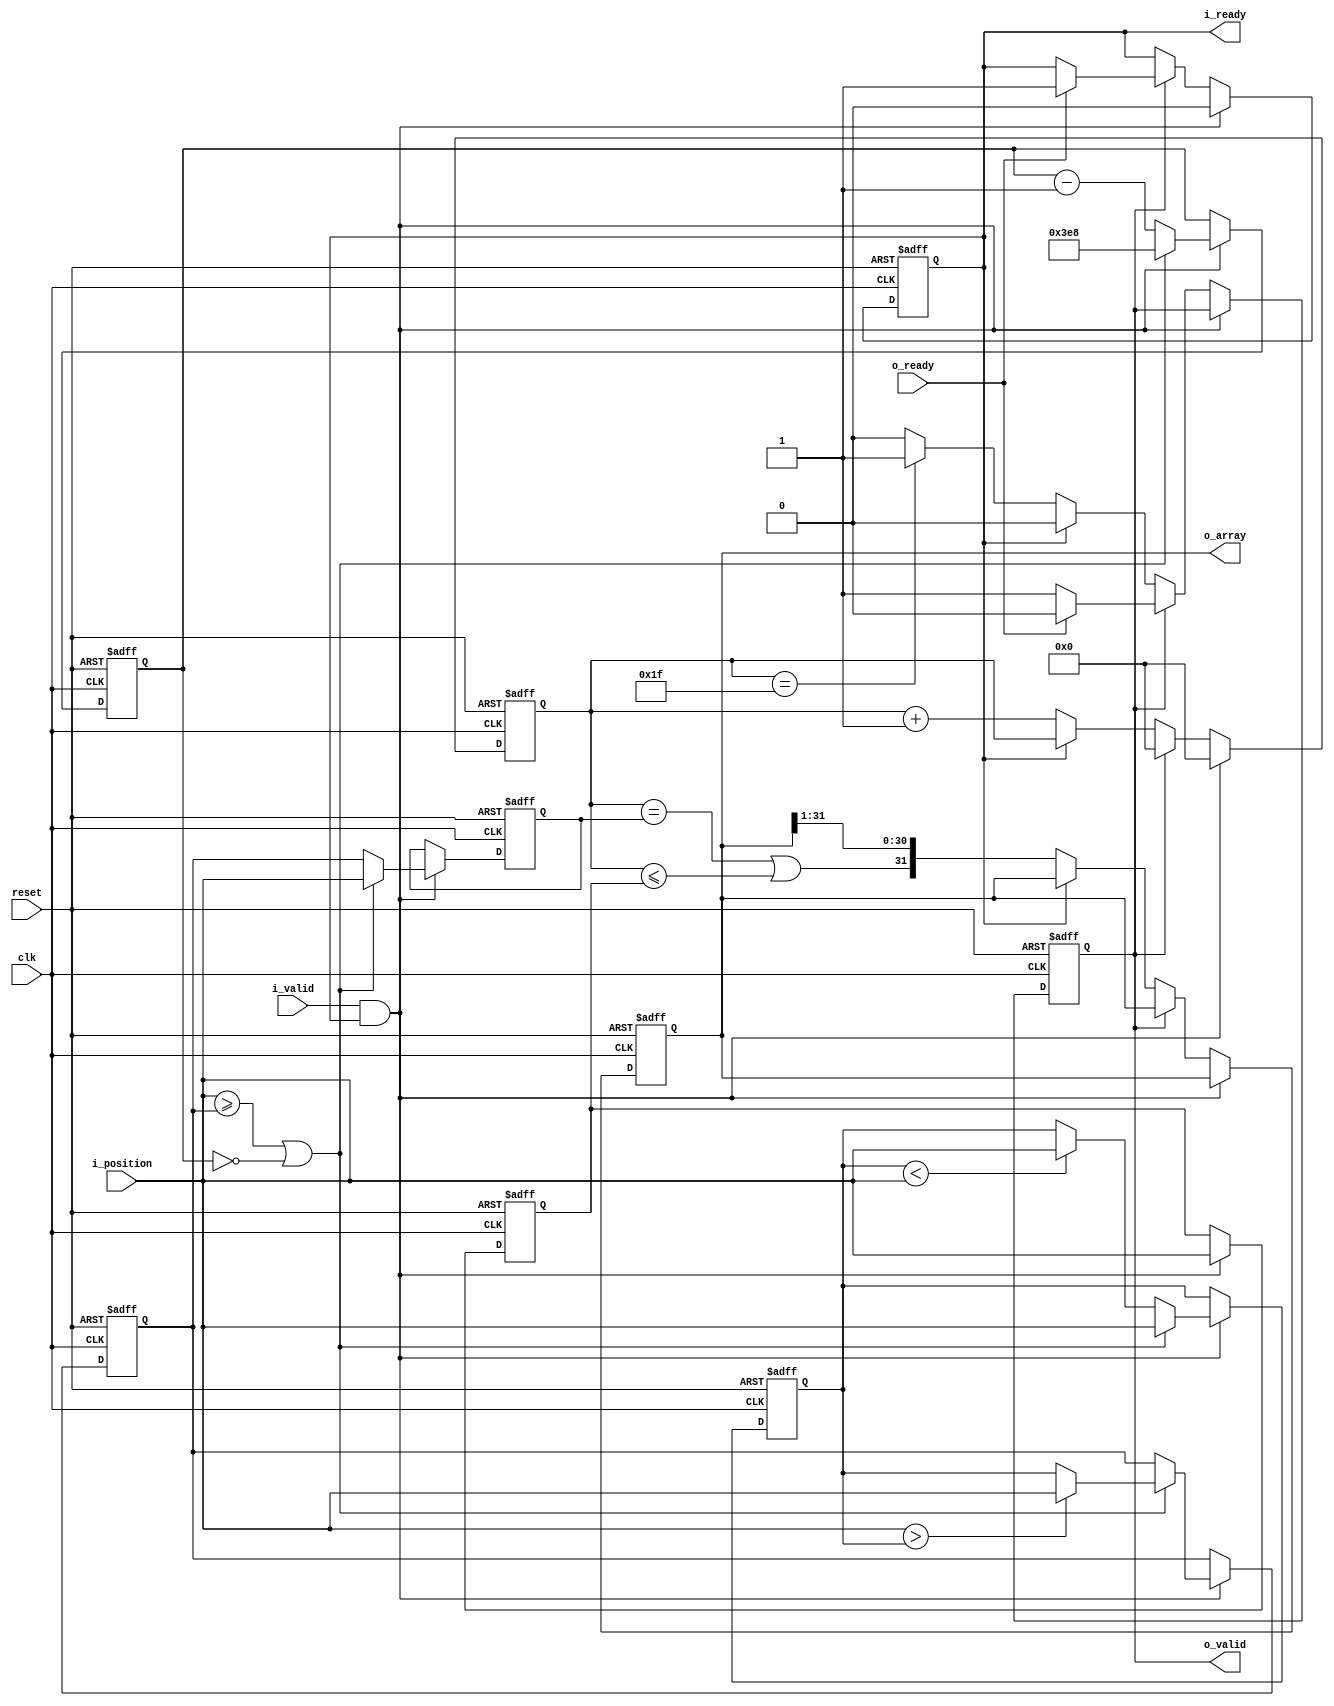
`default_nettype none

module position_to_array #(parameter width = 32, peak_hold_count = 1000)(
    input wire reset,
    input wire clk,
    input wire i_valid,
    output reg i_ready,
    input wire [$clog2(width)-1:0] i_position,
    output reg o_valid,
    input wire o_ready,
    output wire [width-1:0] o_array);

    localparam width_bits = $clog2(width);

    reg [width_bits-1:0] peak_hold;
    reg [width_bits-1:0] max_position;
    reg [$clog2(peak_hold_count+1)-1:0] peak_hold_sample_count;

    reg [width_bits-1:0] cur_position;
    reg [width_bits-1:0] cur_peak_hold;

    reg [width_bits-1:0] count;
    wire [width_bits-1:0] count_last = width - 1;

    reg [width-1:0] array;
    assign o_array = array;

    always @(posedge clk or posedge reset) begin
        if (reset) begin
            i_ready <= 1'b1;
            o_valid <= 1'b0;
            peak_hold <= 0;
            max_position <= 0;
            peak_hold_sample_count <= 0;
            cur_position <= 0;
            cur_peak_hold <= 0;
            array <= 0;
            count <= 0;
        end else if (i_valid && i_ready) begin
            if (i_position >= peak_hold || peak_hold_sample_count == 0) begin
                peak_hold <= i_position > max_position ? i_position : max_position;
                peak_hold_sample_count <= peak_hold_count;
                cur_peak_hold <= i_position;
                max_position <= i_position;
            end else begin
                peak_hold_sample_count <= peak_hold_sample_count - 1'b1;
                cur_peak_hold <= peak_hold;
                max_position <= max_position < i_position ? i_position : max_position;
            end
            cur_position <= i_position;
            count <= 0;
            i_ready <= 1'b0;
        end else if (o_valid) begin
            if (o_ready) begin
                o_valid <= 1'b0;
                i_ready <= 1'b1;
            end
            count <= 0;
        end else if (!i_ready) begin
            count <= count + 1'b1;
            array <= { count == cur_peak_hold || count <= cur_position, array[width-1:1] };
            if (count == count_last) begin
                o_valid <= 1'b1;
            end
        end
    end

endmodule